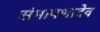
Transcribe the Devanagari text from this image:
संभाषणादेव